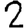
Digit: 2